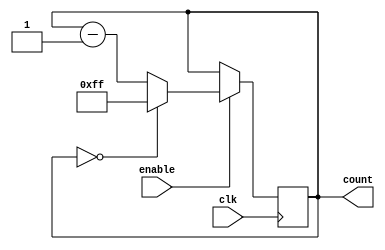
module ModuloNDownCounter
(
    input wire clk,       // Clock signal
    input wire enable,    // Enable signal
    output reg [7:0] count // Counter output
);

parameter N = 255; // Modulo value N

// Synchronous down counter with enable signal
always @(posedge clk)
begin
    if (enable)
    begin
        if (count == 0)
            count <= N;
        else
            count <= count - 1;
    end
end

endmodule